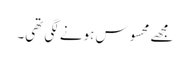
مجھے محسوس ہونے لگی تھی۔